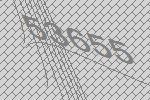
53655